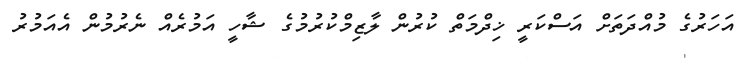
އަހަރުގެ މުއްދަތަށް އަސްކަރީ ޚިދްމަތް ކުރުން ލާޒިމްކުރުމުގެ ޝާހީ އަމުރެއް ނެރުމުން އެއަމުރު